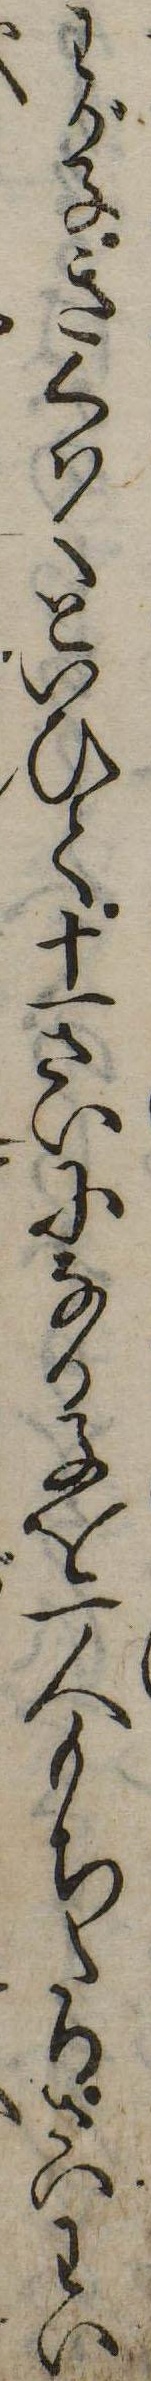
わが子きくはくといひて十一さいになる子を一人もちたりさいわい